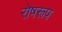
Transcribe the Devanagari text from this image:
रोषरूप